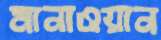
মানাওয়ান